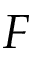
F